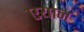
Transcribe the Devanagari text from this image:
एयान